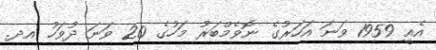
އެއީ 1959 ވަނަ އަހަރުގެ ނޮވެމްބަރު މަހުގެ 20 ވަނަ ދުވަހު އދ.